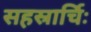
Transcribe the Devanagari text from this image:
सहस्रार्चिः